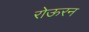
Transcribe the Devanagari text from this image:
रोऊरन